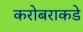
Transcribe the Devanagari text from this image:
करोबराकडे